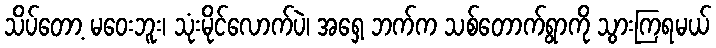
သိပ်တော့ မဝေးဘူး၊ သုံးမိုင်လောက်ပဲ၊ အရှေ့ ဘက်က သစ်တောက်ရွာကို သွားကြရမယ်